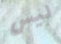
ليس